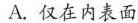
A.仅在内表面